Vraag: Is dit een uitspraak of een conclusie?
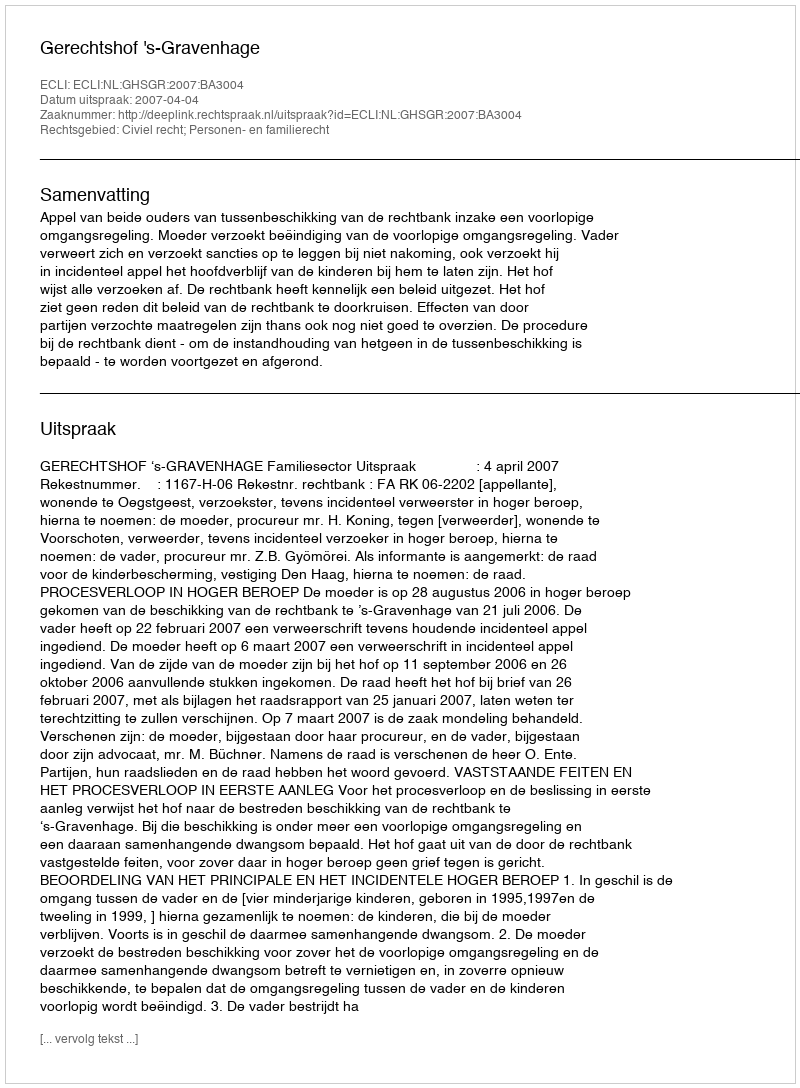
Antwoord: Uitspraak